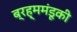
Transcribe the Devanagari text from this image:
ब्रह्ममंडूकी